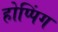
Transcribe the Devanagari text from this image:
होप्पिंग